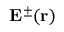
\mathbf { E } ^ { \pm } ( \mathbf { r } )